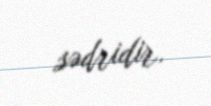
sədridir.